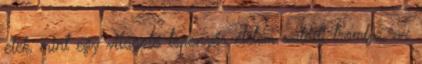
élek, mint egy világotó toronyőr életem valódi tromfja, az